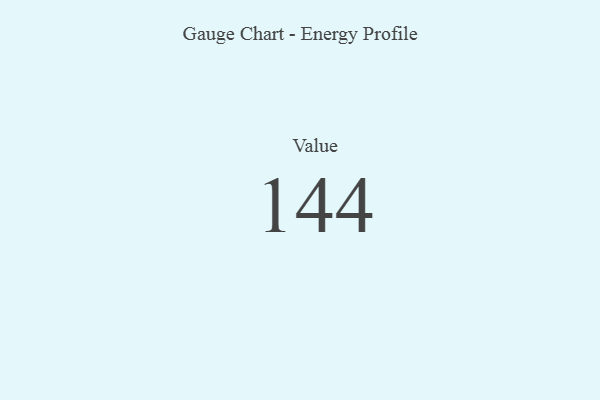
{"axis": {"x": "Metric", "y": "Value"}, "legend": [""], "data": [{"x": "Value", "y": 144, "type": ""}]}